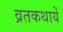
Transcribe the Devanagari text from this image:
व्रतकथायें